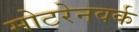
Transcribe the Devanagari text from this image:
मोटरेनवर्क